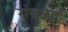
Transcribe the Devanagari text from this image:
संकल्पा